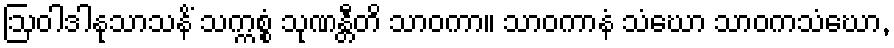
ဩဝါဒါနုသာသနိံ သက္ကစ္စံ သုဏန္တီတိ သာဝကာ။ သာဝကာနံ သံဃော သာဝကသံဃော,